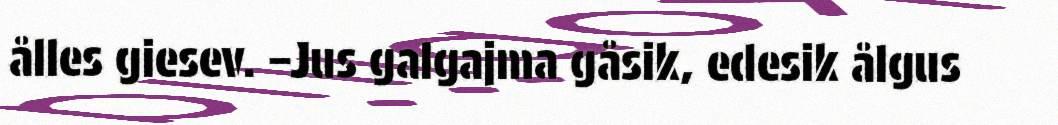
ålles giesev. –Jus galgajma gåsik, edesik ålgus